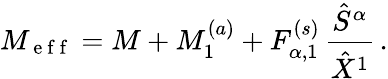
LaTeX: M_{\mathrm{~e~f~f~}}=M+M_{1}^{(a)}+F_{\alpha,1}^{(s)}\, \frac{\hat{S}^{\alpha}}{\hat{X}^{1}}\, .